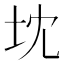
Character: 𭎃